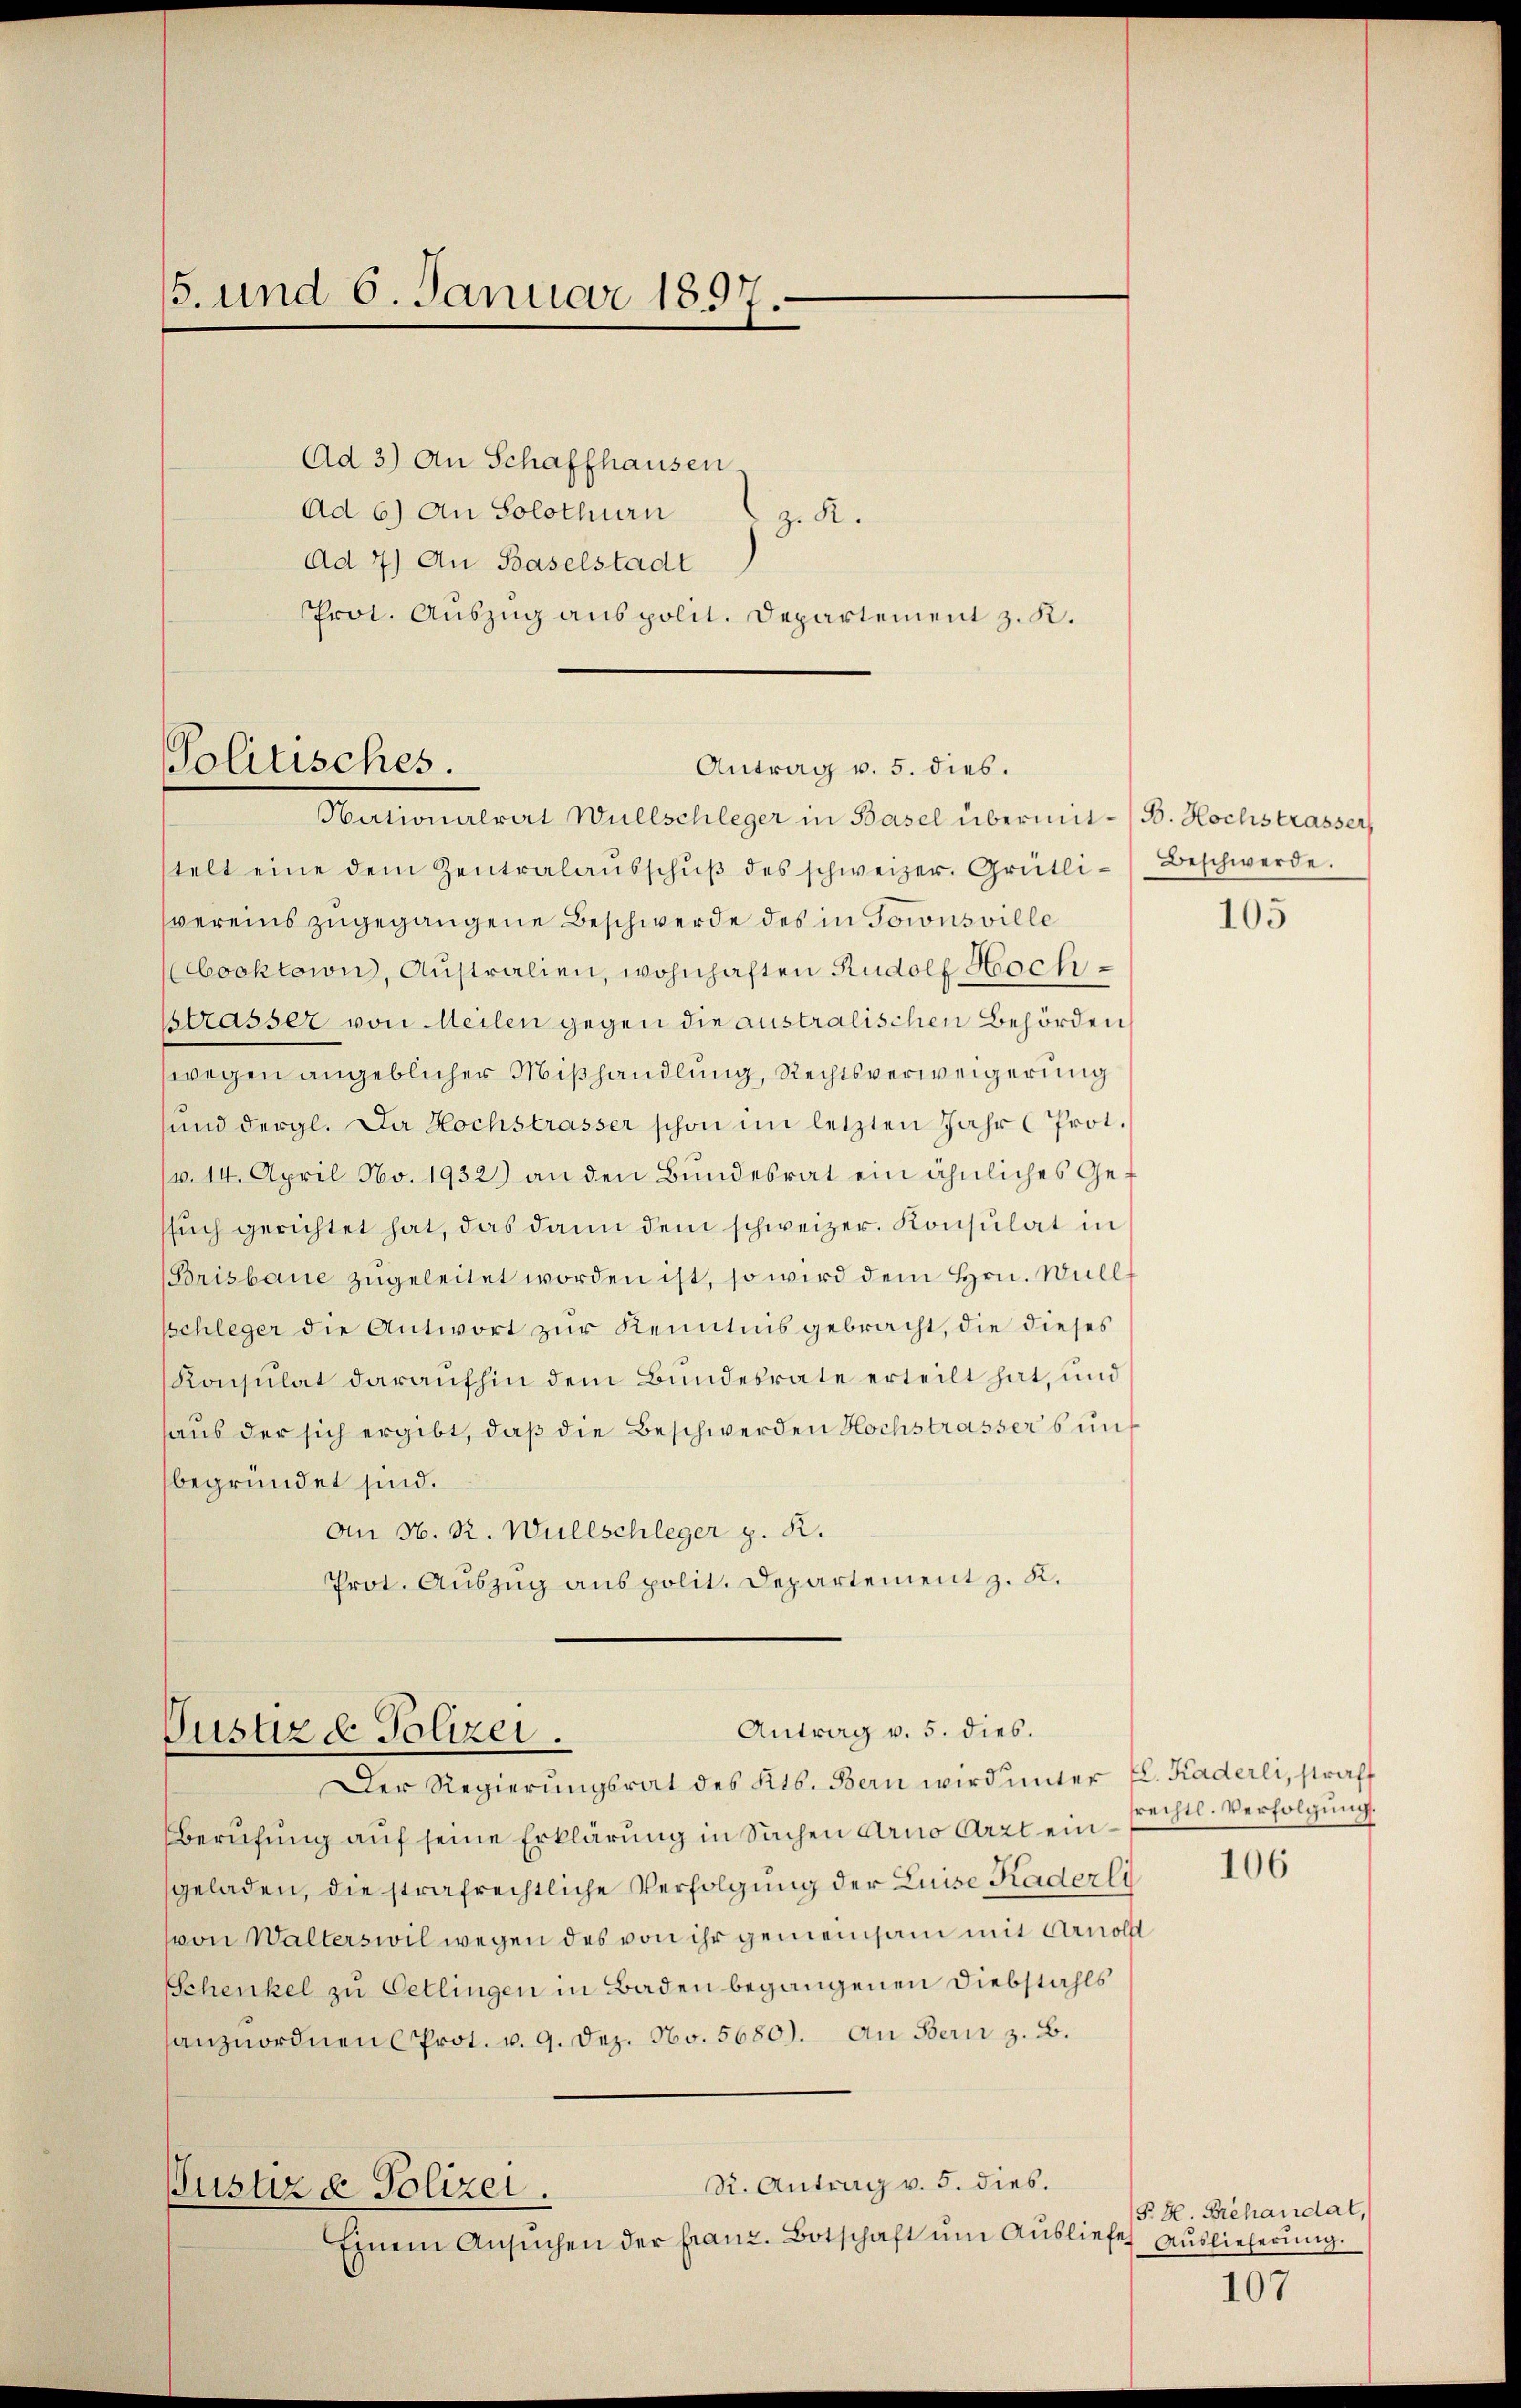
5. und 6. Januar 1891.

Ad 3) An Schaffhausen.
Ad 6) An Solothurn
z. R.
Ad 4) An Baselstadt
Prot. Auszug aus polit. Departement z. R.

Politisches.
Antrag v. 5. dies.
Nationalrat Wüllschleger in Basel übermit-B. Hochstrasser,

telt eine dem Zentralaŭsschŭβ des schweizer. Grütli-Beschwerde.
vereins zugegangene Beschwerde des in Gorons ville
ocktown), Australien, wohnhaften Rudolf Hochstrasser von Meilen gegen die australischen Behörden,
wegen angeblicher Mißhandlung, Rechtsverweigerung
sund dergl. Da Hochstrasser schon im letzten Jahr (Prot.
(v. 14. April No. 1932) an den Bundesrat ein ähnliches Gessŭch gerichtet hat, das dann dem schweizer. Konsulat in
Brisbaue zugeleitet worden ist, so wird dem Hrn. Will
schleger die Antwort zur Kenntnis gebracht, die dieses
Konsulat daraufhin dem Bundesrate erteilt hat, und
haus der sich ergibt, daß die Beschwerden Hochstrassers unt
begründet sind.
An N. R. Wüllschleger p. K.
Prot. Auszug aus polit. Departement z. K.

Antrag v. 5. dies.
Justizd Polizei.
Der Regierungsrat des Kts. Bern wird unter fl. Kaderli, straff

105

Berufung auf seine Erklärung in Sachen Arno Arzt ein
geladen, die strafrechtliche Verfolgung der Luise Kader li
von Walterswil wegen des von ihr gemeinsam mit Arnol
Schenkel zu Oetlingen in Baden begangenen Diebstahls
anzuordnen Prot. v. 9. Dez. No. 5680). An Bern z. B.
R. Antrag v. 5. dies.
Justiz & Polizei.
Einem Ansŭchen der franz. Botschaft um Ausliefe Auslieferung.

rechtl. Verfolgung.
106

P. H. Behandat,
107